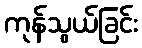
ကုန်သွယ်ခြင်း